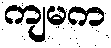
ကျမက